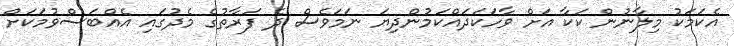
އެކަމަކު މިލާނުން ކަކާ އަށް ވާހަކަދައްކަމުންދިޔަ ނަމަވެސް ދެ ފަރާތުގެ މެދުގައި އެއްބަސްވުމަކަށް